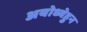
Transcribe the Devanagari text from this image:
अयोध्येहुन